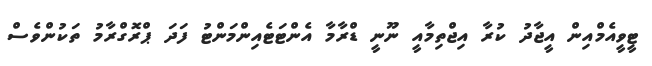
ޓީވީއެމްއިން އީޖާދު ކުރާ އިޖްތިމާއީ ނޫނީ ޑްރާމާ އެންޓަޓެއިންމަންޓު ފަދަ ޕްރޮގްރާމު ތަކުންވެސް